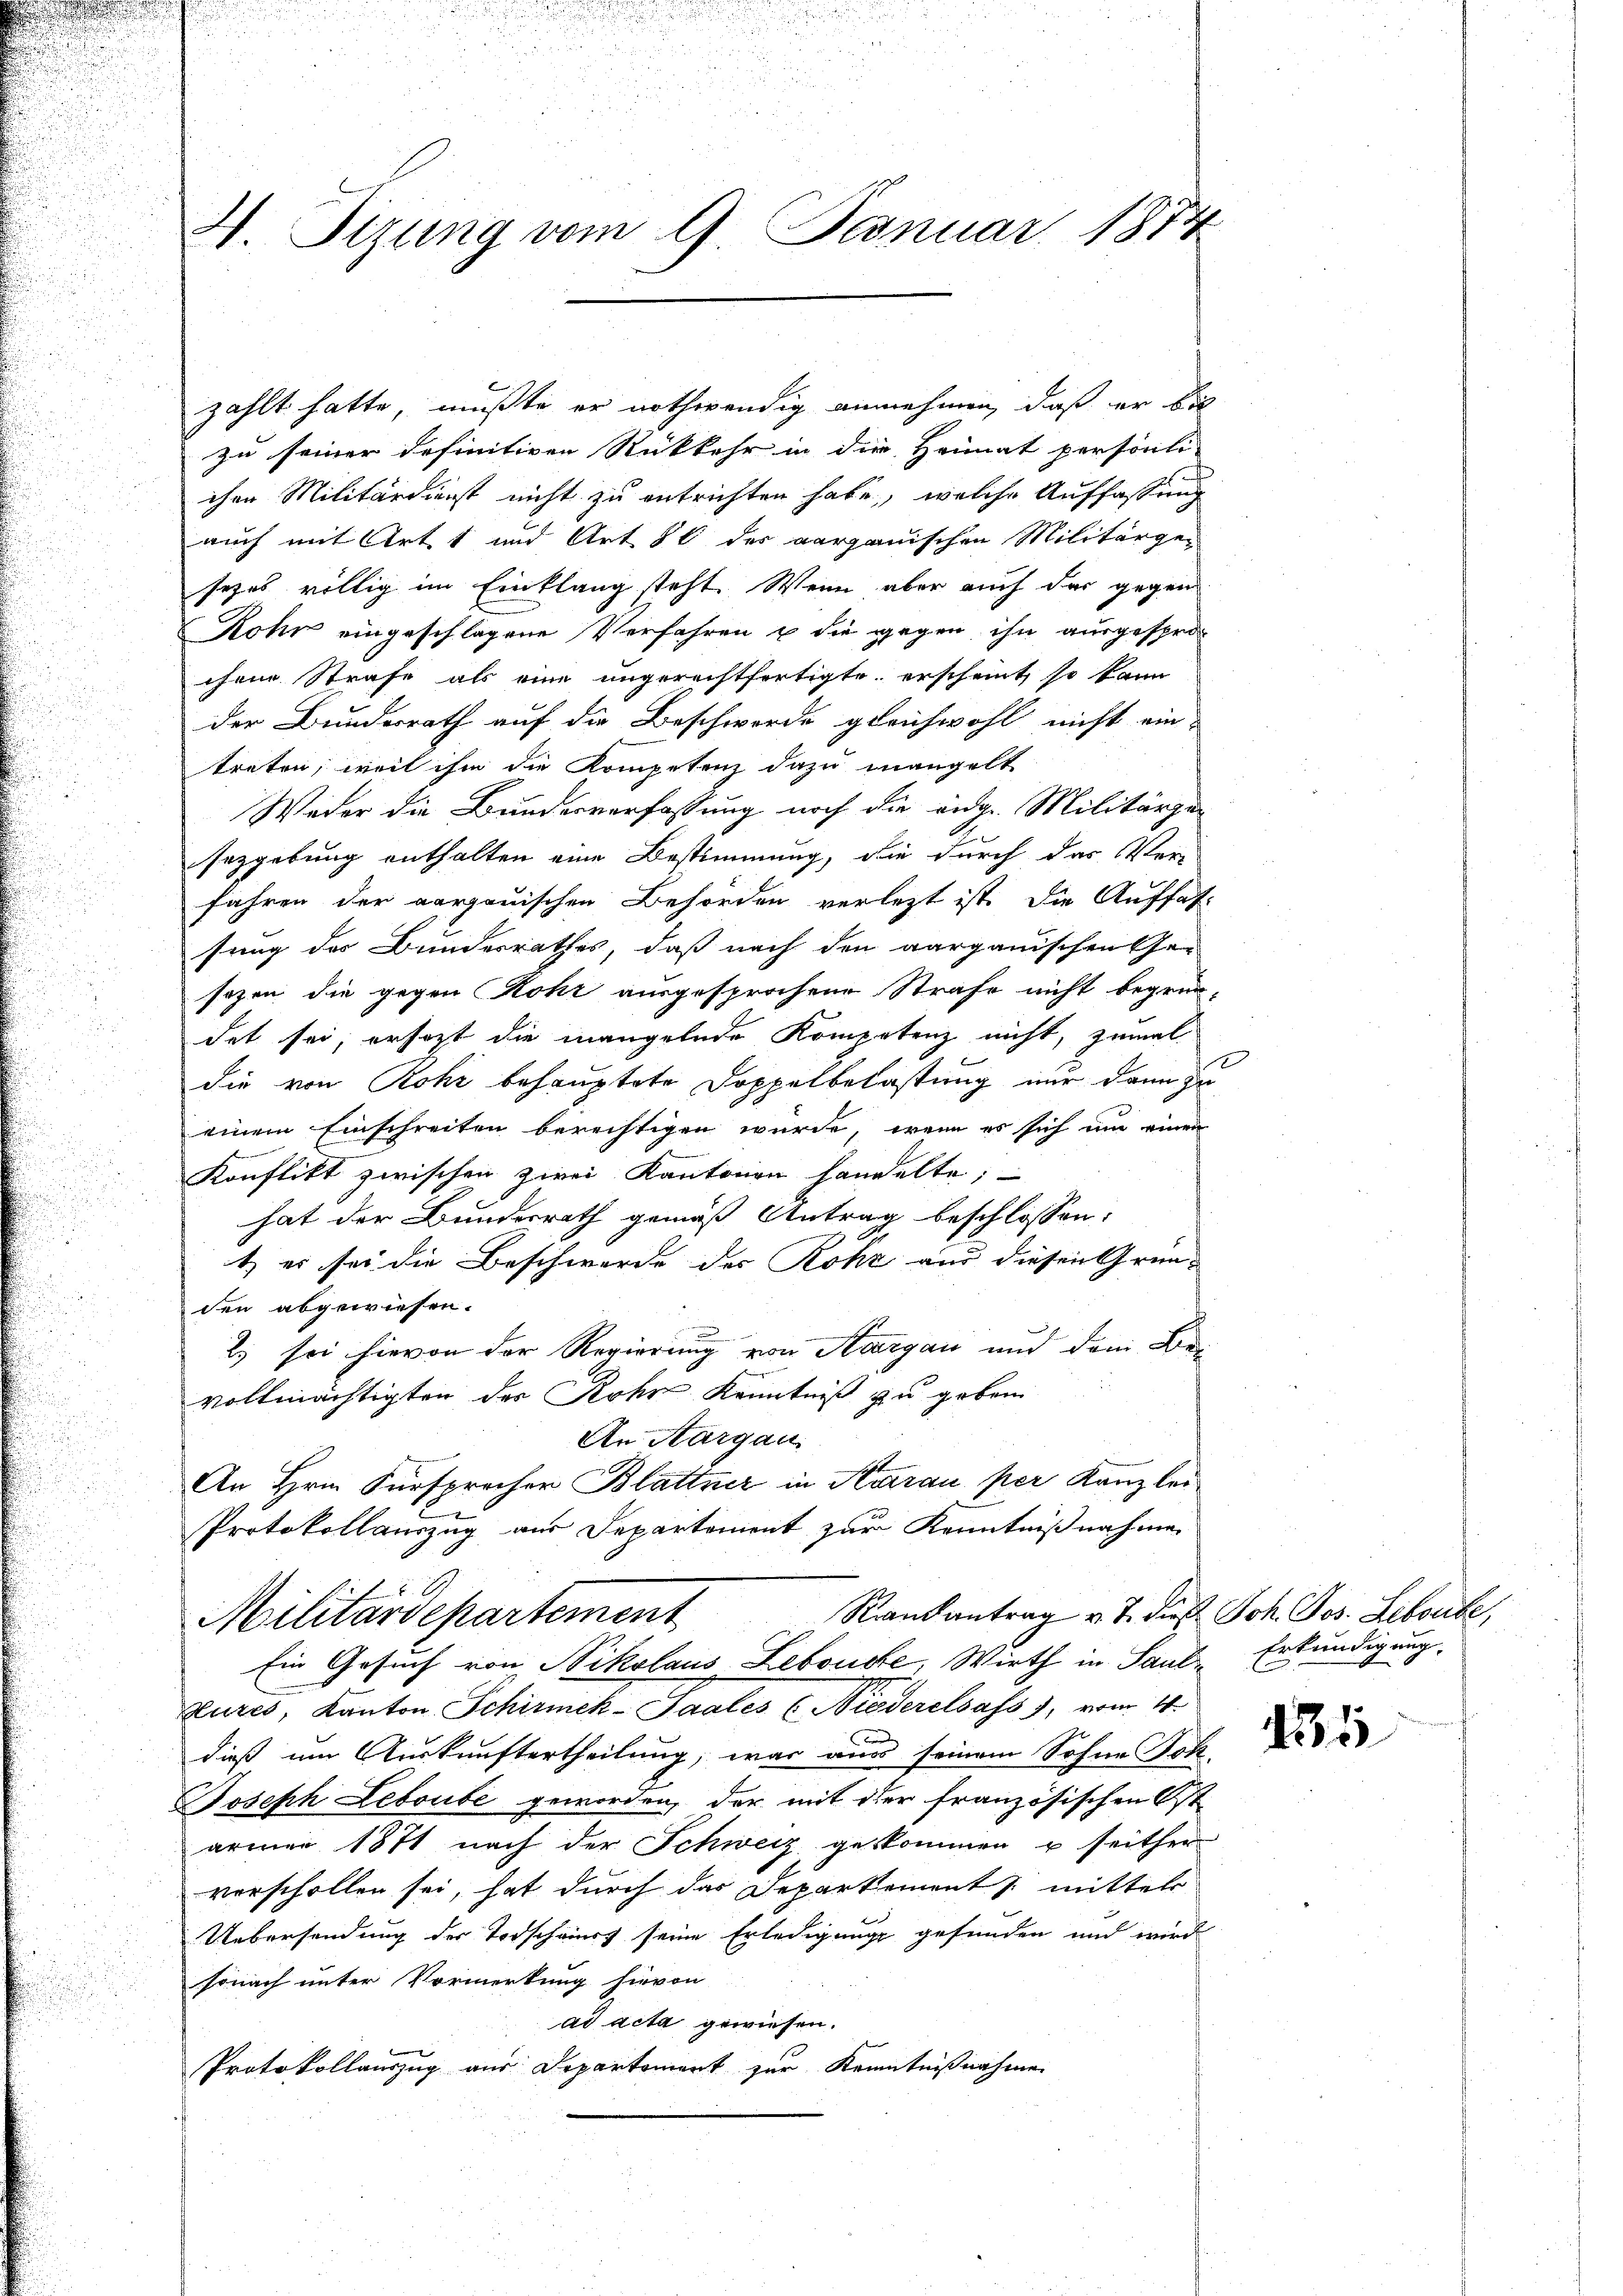
zählt hatte, mußte er nothwendig annehmen, daß er bis
zu seiner definitiven Rückkehr in die Heimat persönli
chen Militärdienst nicht zu entrichten habe, welche Auffassung
auch mit Art und Art 8 des aargauischen Militärge-
sezes völlig im Einklang steht. Wenn aber auch das gegen
Rohr eingeschlagene Verfahren u die gegen ihn ausgesprochene Strafe als eine ungerechtfertigte erscheint, so kann
der Bundesrath auf die Beschwerde gleichwohl nicht ein-
treten, weil ihm die Kompetenz dazu mangelt
Weder die Bundesverfassung noch die auge. Militärger
sezgebung enthalten eine Bestimmung, die durch das Ver-
fahren der aargauischen Behörden verletzt ist die Auffas-
sung des Bundesrathes, daß nach den aargauischen Gesezen die gegen Rohr ausgesprochene Strafe nicht begründet sei, ersezt die mangelnde Kompetenz nicht, zumal
die von Rohr behauptete Doppelbelastung nur dann zu
einem Einschreiten berechtigen wurde, wenn es sich um einen
Konflikt zwischen zwei Kantonen handelte;
hat der Bundesrath gemäß Antrag beschlossen:
t es sei die Beschwerer des Rohr aus diesen Gründen abgewiesen.
.) sei hievon der Regierung von Aargau und dem Bevollmächtigten der Rohr Kenntniß zu geben
An Aargau.
An Hrn. Fürsprocher Blättner in Kurau per Kanzlei
Protokollauszug aus Departement zur Kenntnißnahmen

H. Sitzung vom 9. Januar 1874

Raandantrag v. J. dieß Joh. Jos. Lebente,
Militärdepartement
Ein Gesuch von Nikolaus Lebouse, Wirth in Paul Erkundigung,

Klures, Kanton Schirmck-Saales ( Niederelsass), vom 14.
dieß um Auskunftertheilung, war aus seinem Sohne Joh¬
Joseph Leboube geworden, der mit der französischen Ost
ärmer 1871 nach der Schweiz geskommen u seither
verschollen sei, hat durch das Departement J. mittel
Uebersendung der Vorscheint seine Erledigung gefunden und wird
sonach unter Vormerkung hievon
ad acta gewiesen.
Protokollauszug aus Departement zur Kenntnißnahme

1

135